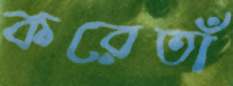
করেতাঁ